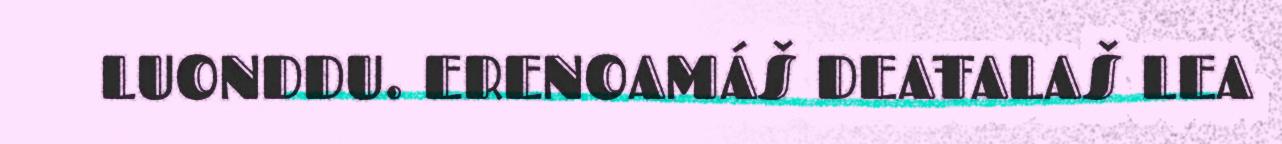
LUONDDU. ERENOAMÁŠ DEAŦALAŠ LEA